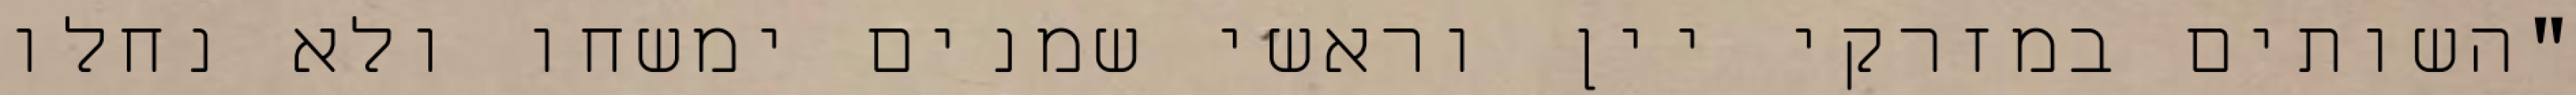
"השותים במזרקי יין וראשי‏ שמנים ימשחו ולא נחלו